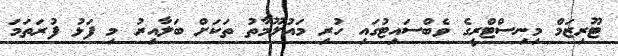
ޓޫރިޒަމް މިނިސްޓްރީގެ ވެބްސައިޓުގައި ހުރި މައުލޫމާތު ތަކަށް ބަލާއިރު މި ފަޅު ފުރަތަމަ